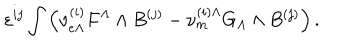
LaTeX: \varepsilon ^ { i j } \int \left( { \nu } _ { e \Lambda } ^ { ( i ) } F ^ { \Lambda } \wedge B ^ { ( j ) } - { \nu } _ { m } ^ { ( i ) \Lambda } G _ { \Lambda } \wedge B ^ { ( j ) } \right) .